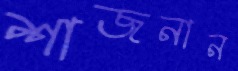
শাজনান